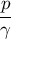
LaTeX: \frac { p } { \gamma }